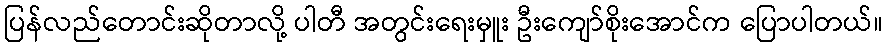
ပြန်လည်တောင်းဆိုတာလို့ ပါတီ အတွင်းရေးမှူး ဦးကျော်စိုးအောင်က ပြောပါတယ်။